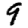
Digit: 9